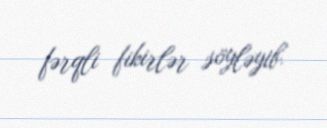
fərqli fikirlər söyləyib.